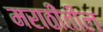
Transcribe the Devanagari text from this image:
मराठींतील